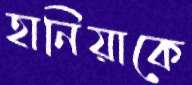
হানিয়াকে